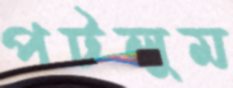
পটলুম